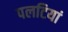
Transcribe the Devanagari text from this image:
पलटियां